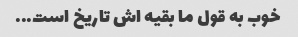
خوب به قول ما بقیه اش تاریخ است...